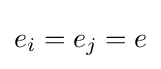
e_{i}=e_{j}=e